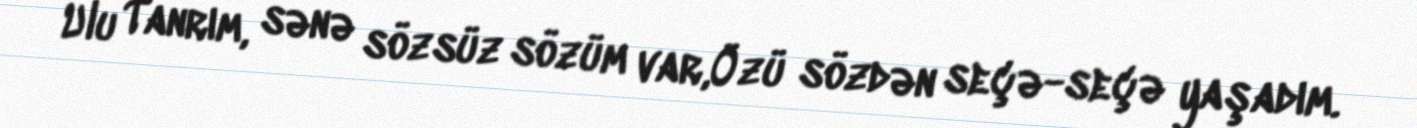
Ulu Tanrım, sənə sözsüz sözüm var,Özü sözdən seçə-seçə yaşadım.